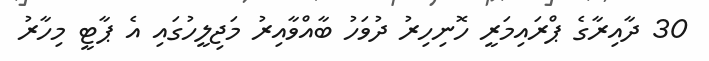
30 ދާއިރާގެ ޕްރައިމަރީ ހޮނިހިރު ދުވަހު ބާއްވާއިރު މަޖިލީހުގައި އެ ޕާޓީ މިހާރު